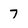
Character: 7